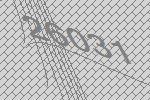
26031